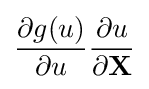
{\frac {\partial g(u)}{\partial u}}{\frac {\partial u}{\partial \mathbf {X} }}